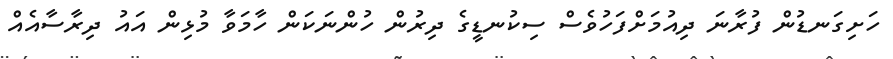
ހަށިގަނޑުން ފުރާނަ ދިއުމަށްފަހުވެސް ސިކުނޑީގެ ދިރުން ހުންނަކަން ހާމަވާ މުޅިން އައު ދިރާސާއެއް